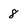
Character: 8